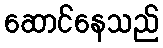
ဆောင်နေသည်